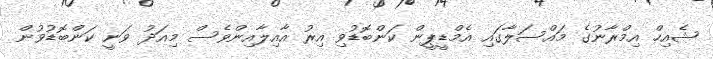
ޝެއިހް އިމްރާނުގެ މައްސަލާގައި އެމްޑީޕީން ކަންބޮޑުވި އިރު އާއިލާއިންވެސް މިއަދު ވަނީ ކަންބޮޑުވުން